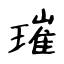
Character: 璀